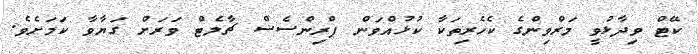
ކޭޓް ވިދާޅުވީ މަރްވިންގެ ކެހެރިތަކާ ކުޅުއްވަން ޕްރިންސެސް ޗާލެޓް ވަރަށް ގަޔާވާ ކަމަށެވެ.